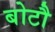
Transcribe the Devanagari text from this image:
बोटौ